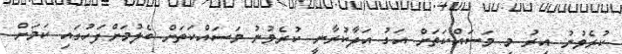
ކުރެވުނު އިރު މި މަސައްކަތަށް އަގު އަދާކުރާނީ ކުރެވުނު މަސައްކަތަށް ބެލުމަށްފަހުގައި ކަމަށް